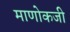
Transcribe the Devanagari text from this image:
माणोकजी